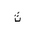
Letter: _tha